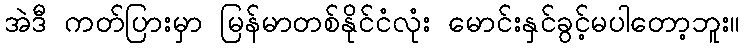
အဲဒီ ကတ်ပြားမှာ မြန်မာတစ်နိုင်ငံလုံး မောင်းနှင်ခွင့်မပါတော့ဘူး။